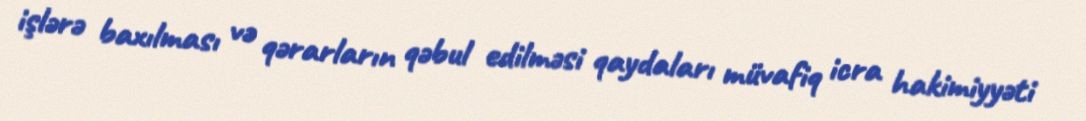
işlərə baxılması və qərarların qəbul edilməsi qaydaları müvafiq icra hakimiyyəti